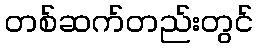
တစ်ဆက်တည်းတွင်